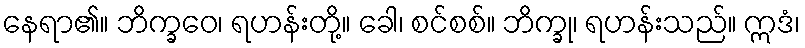
နေရာ၏။ ဘိက္ခဝေ၊ ရဟန်းတို့။ ခေါ၊ စင်စစ်။ ဘိက္ခု၊ ရဟန်းသည်။ ဣဒံ၊